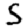
Digit: 5